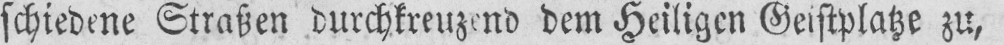
schiedene Straßen durchkreuzend dem Heiligen Geistplatze zu,